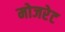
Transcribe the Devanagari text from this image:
मोजरेट